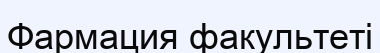
Фармация факультеті